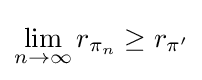
\lim _{n\rightarrow \infty }r_{\pi _{n}}\geq r_{\pi '}